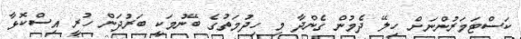
ކަސްޓަމަރުންނަށް ހިލޭ ދެމުން ގެންދާ މި ހިދުމަތުގެ ބޭނުމަކީ ބަރުދަން ހުރީ އިސްކޮޅާ